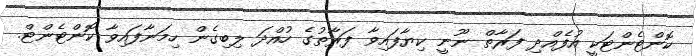
ކޮންޓެންޓަކީ އުފެއްދި ފަރާތް ނޫނީ ކިޔާފައިވާ ފަރާތުގެ ހުއްދަ ލިބިގެން ހިމަނާފައިވާ ކޮންޓެންޓް.